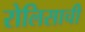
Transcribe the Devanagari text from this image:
रोलिसाची